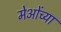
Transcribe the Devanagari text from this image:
मेओंच्या